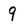
Character: 9